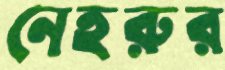
নেহরুর